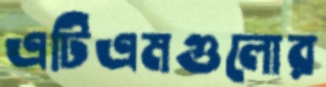
এটিএমগুলোর